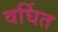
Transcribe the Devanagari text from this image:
वर्घित